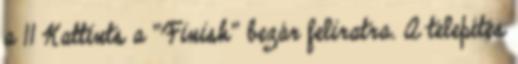
a 11 Kattints a "Finish" bezár feliratra. A telepítés